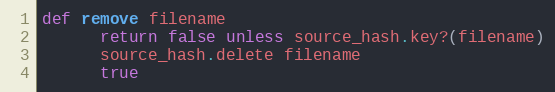
Language: Ruby
def remove filename
      return false unless source_hash.key?(filename)
      source_hash.delete filename
      true